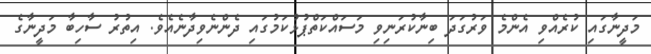
މަދީނާގައި ކުރެއްވި އެންމެ ވަރުގަދަ ބިނާކުރަނިވި މަސައްކަތްޕުޅުކަމުގައި ދެންނެވިދާނެއެވެ. އިތުރު ސާހިބާ މަދީނާގެ